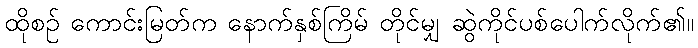
ထိုစဉ် ကောင်းမြတ်က နောက်နှစ်ကြိမ် တိုင်မျှ ဆွဲကိုင်ပစ်ပေါက်လိုက်၏။